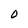
Character: 0